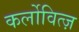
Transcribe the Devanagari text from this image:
कर्लोवित्ज़